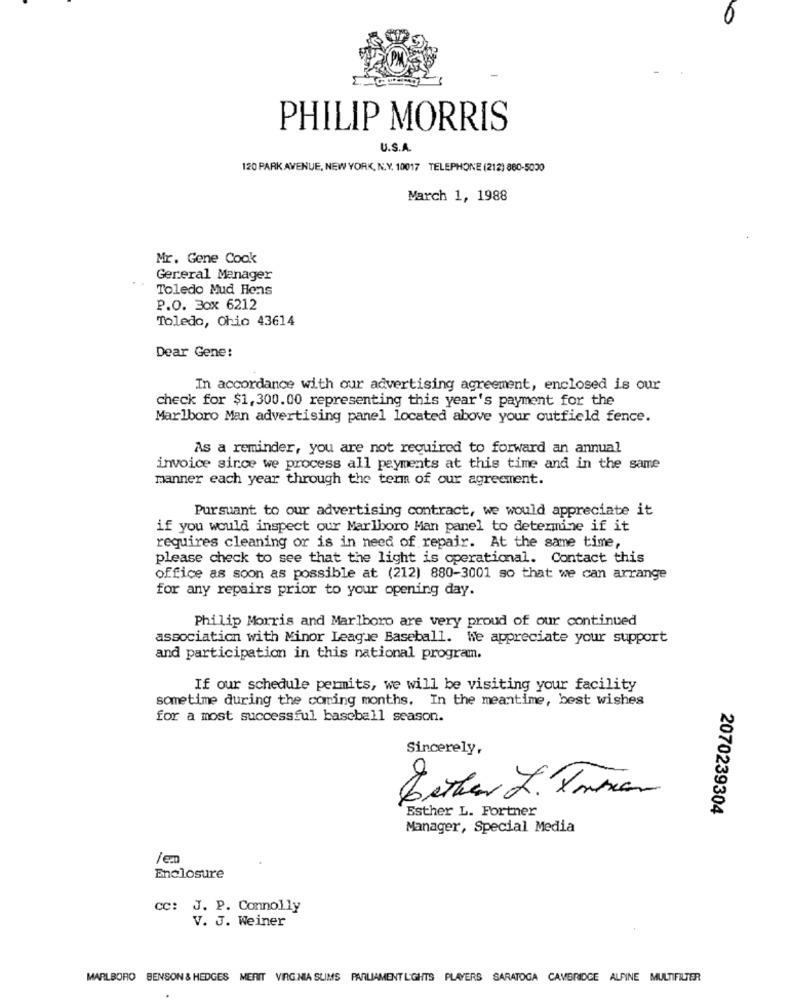
0
PHILIP MORRIS
U.S.A.
120 PARK AVENUE, NEW YORK, N.Y. 10017 TELEPHONE (212) 880-5000
March 1, 1988
Mr. Gene Cook
Gereral Manager
Toledo Mud Hens
P.O. Box 6212
Toledo, Ohio 43614
Dear Gene:
In accordance with our advertising agreement, enclosed is our
check for $1,300.00 representing this year's payment for the
Marlboro Man advertising panel located above your outfield fence.
As a reminder, you are not required to forward an annual
invoice since we process all payments at this time and in the same
manner each year through the term of our agreement.
Pursuant to our advertising contract, we would appreciate it
if you would inspect our Marlboro Man panel to determine if it
requires cleaning or is in need of repair. At the same time,
please check to see that the light is operational. Contact this
office as soon as possible at (212) 880-3001 so that we can arrange
for any repairs prior to your opening day.
Philip Morris and Marlboro are very proud of our continued
association with Minor League Baseball. We appreciate your support
and participation in this national program.
If our schedule permits, we will be visiting your facility
sometime during the coming months. In the meantime, best wishes
for a most successful baseball season.
Sincerely,
Lether L. Tomar
Esther L. Fortner
2070239304
Manager, Special Media
Enclosure
CC: J. P. Connolly
V. J. Weiner
MARLBORO BENSON & HEDGES MERIT VIRGINIA SLIMS PARLIAMENT L'GHTS PLAYERS SARATOGA CAMBRIDGE ALPINE MULTIFILTER